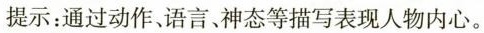
提示：通过动作、语言、神态等描写表现人物内心。